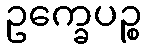
ဥက္ခေပဉ္စ